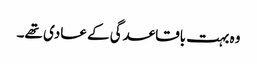
وہ بہت باقاعدگی کے عادی تھے۔